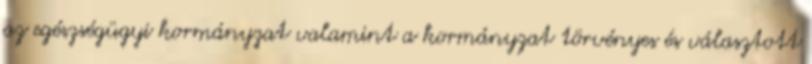
az egészségügyi kormányzat valamint a kormányzat törvényes és választott